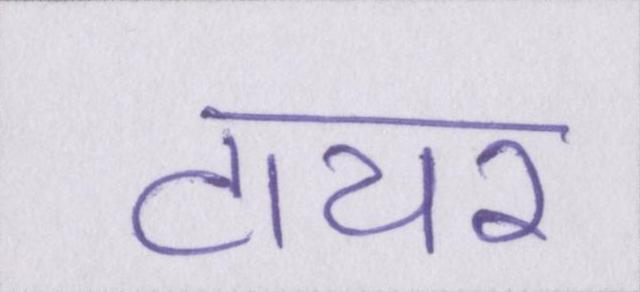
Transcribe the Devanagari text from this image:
टायर